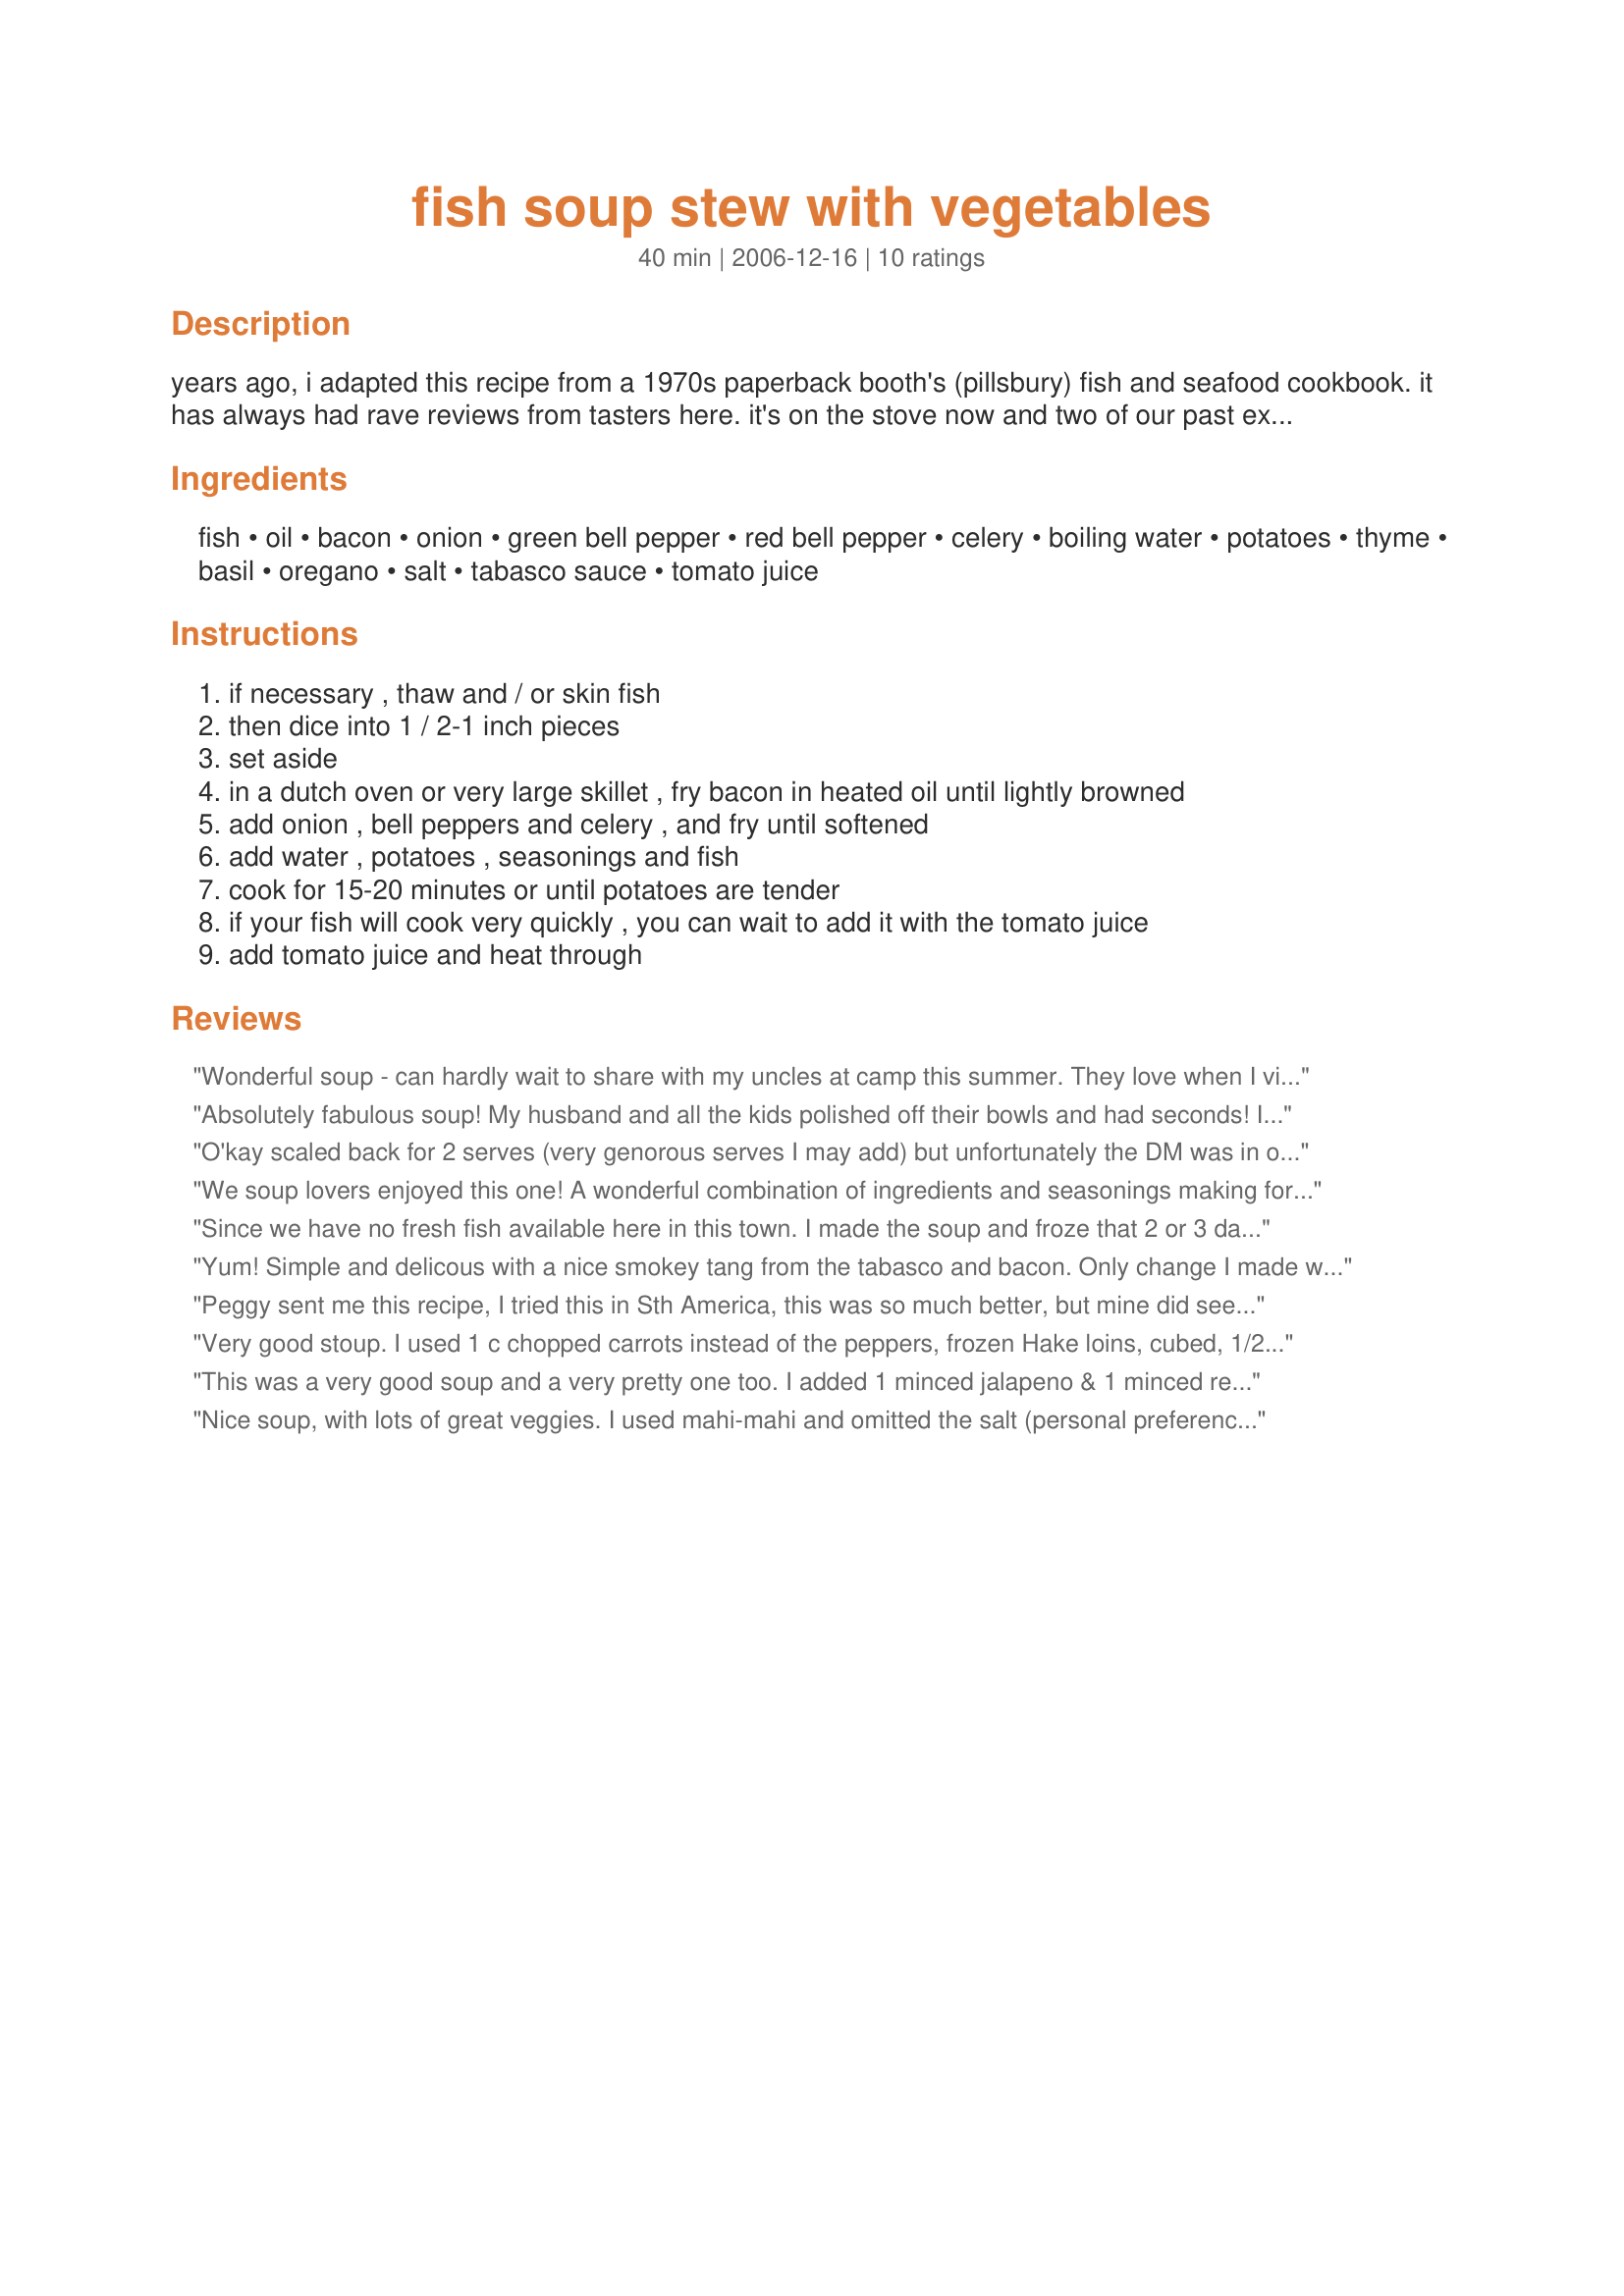
fish soup stew with vegetables
Preparation time: 40 minutes

years ago, i adapted this recipe from a 1970s paperback booth's (pillsbury) fish and seafood cookbook. it has always had rave reviews from tasters here. it's on the stove now and two of our past exchange students, who are visiting now, want to know why i never served it before. it's quick, easy, tasty and nourishing. we love the herbs, so i tend to use up to a full teaspoon of each.

Ingredients:
fish, oil, bacon, onion, green bell pepper, red bell pepper, celery, boiling water, potatoes, thyme, basil, oregano, salt, tabasco sauce, tomato juice

Steps:
if necessary , thaw and / or skin fish
then dice into 1 / 2-1 inch pieces
set aside
in a dutch oven or very large skillet , fry bacon in heated oil until lightly browned
add onion , bell peppers and celery , and fry until softened
add water , potatoes , seasonings and fish
cook for 15-20 minutes or until potatoes are tender
if your fish will cook very quickly , you can wait to add it with the tomato juice
add tomato juice and heat through

Reviews:
Wonderful soup - can hardly wait to share with my uncles at camp this summer. They love when I visit because I am always preparing the zaar recipes for them and they especially love soup and they love fish so should be a winner.
Absolutely fabulous soup! My husband and all the kids polished off their bowls and had seconds! I used veggie stock instead of water, and frozen tilapia which I added to the top of the pot at step 4. Terrific recipe, one I will be making over and over again! Thanks Leggy Peggy!
Jess
O'kay scaled back for 2 serves (very genorous serves I may add) but unfortunately the DM was in one of her moods and was not eating and was only willing to eat the liqud and very little of the filling and that only after some coaxing but I thoroughlly enjoyed this delicious recipe which was so quick and easy to bring together. My knife skills are slow so I made up all the erep for the vegies and meat in the morning (which took me about 35 minutes from taking out of the pantry/fridge to ready to go), so it was a case walk in the door grab the pan, boil the kettle and go. My only concern was when I added the 1 cup of boiled, water was there enough and added another 1/4 cup (in the end not really needed), I served with some crusty cheese bread. Thank you Leggy Peggy for a hearty soup I really enjoyed. made for Make My Recipe (Aussie/Kiwi Forum).
We soup lovers enjoyed this one! A wonderful combination of ingredients and seasonings making for a soup that is our kind of soup. Other then offering a grinding of black pepper at the table I made as posted. Next time around going to double the recipe - so I can freeze and have on hand for those days when needing something quick, easy ... and good!
Since we have no fresh fish available here in this town. I made the soup and froze that 2 or 3 days after ZWT began (2-3 weeks ago). When I re-heated it I added frozen sole at about the half way point in defrosting and by the time it had been slowly been brought up to temp the fish was done and seperated very nicely with a fork. It worked beautifully and was just like fresh made soup and couldn't have been better. I should say that the peppers were added when the rest of the soup was done and just before it was frozen.

P.S. this came in very handy indeed on a most hectic and busy day when I didn't have a chance to cook. 
Made for the ZWT3 Freezer Challenge
Yum! Simple and delicous with a nice smokey tang from the tabasco and bacon. Only change I made was to add a little garlic with the onion and I steamed the fish (Hake) on top covered for 5 minutes before adding the tomato juice.
Peggy sent me this recipe, I tried this in Sth America, this was so much better, but mine did seem a bit thicker than the picture shows, I dont really like or rate celery, so I swapped it for carrots (and they give ita bit more colour)&lt;br/&gt;I used frozen cod, (couldnt find white fish, whatever that is)&lt;br/&gt;I used a can of chopped tomatoes and about half a liter of veg stock&lt;br/&gt;I let it bubble away for about 30-45 minutes, then added the fish for the final 10 minutes, the fish didnt crumble away, either&lt;br/&gt;It went down very well, and both plates were clean, I would recommend it with a bit of crusty bread though, (for dipping)&lt;br/&gt;The idea was to make it once, but this will reappear several more times I think&lt;br/&gt;&lt;br/&gt;I wont make extra and freeze it, its a good recipe and I think would taste better made fresh each time and it dont take long anyway&lt;br/&gt;&lt;br/&gt;Getting to be quite the chef now :-)
Very good stoup. I used 1 c chopped carrots instead of the peppers, frozen Hake loins, cubed, 1/2 tsp of all spices and V-8 instead of tomato juice.
This was a very good soup and a very pretty one too. I added 1 minced jalapeno & 1 minced red chili pepper and used vegetable broth instead of water. Next time I'll add some baby shrimp, black pepper and red pepper flakes as well. Made for ZWT4
Nice soup, with lots of great veggies. I used mahi-mahi and omitted the salt (personal preference). Thanks for sharing! ZWT6
